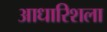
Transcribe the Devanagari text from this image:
आधारिशला